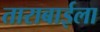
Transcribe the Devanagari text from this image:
ताराबाईला